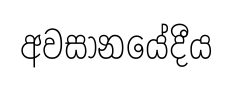
අවසානයේදීය